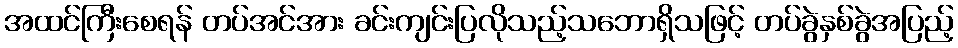
အထင်ကြီးစေရန် တပ်အင်အား ခင်းကျင်းပြလိုသည့်သဘောရှိသဖြင့် တပ်ခွဲနှစ်ခွဲအပြည့်